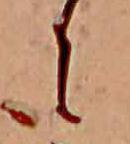
に